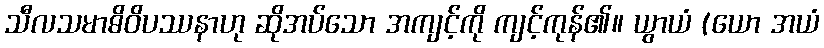
သီလသမာဓိဝိပဿနာဟု ဆိုအပ်သော အကျင့်ကို ကျင့်ကုန်၏။ ယွာယံ (ယော အယံ